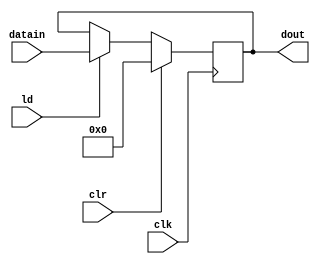
module pipo2(input[15:0] datain,
input ld,clr,clk,
output reg[15:0] dout
);
always@(posedge clk)
if(clr) dout <=16'b0;
else if(ld) dout <= datain;
endmodule